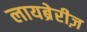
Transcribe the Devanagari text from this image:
लायब्रेरीज़